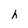
Character: h